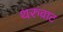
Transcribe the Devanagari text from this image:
थरुवाट